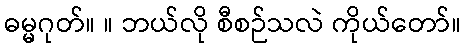
ဓမ္မဂုတ်။ ။ ဘယ်လို စီစဉ်သလဲ ကိုယ်တော်။